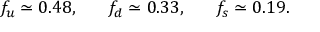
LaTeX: f _ { u } \simeq 0 . 4 8 , \, \, \, \, \, \, \, \, \, \, f _ { d } \simeq 0 . 3 3 , \, \, \, \, \, \, \, \, \, \, f _ { s } \simeq 0 . 1 9 .